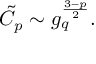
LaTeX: \tilde { C } _ { p } \sim g _ { q } ^ { \frac { 3 - p } { 2 } } .